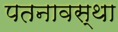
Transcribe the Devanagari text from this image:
पतनावस्था